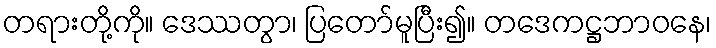
တရားတို့ကို။ ဒေဿတွာ၊ ပြတော်မူပြီး၍။ တဒေကဋ္ဌဘာဝနေ၊